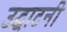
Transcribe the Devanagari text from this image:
उद्घाटनी